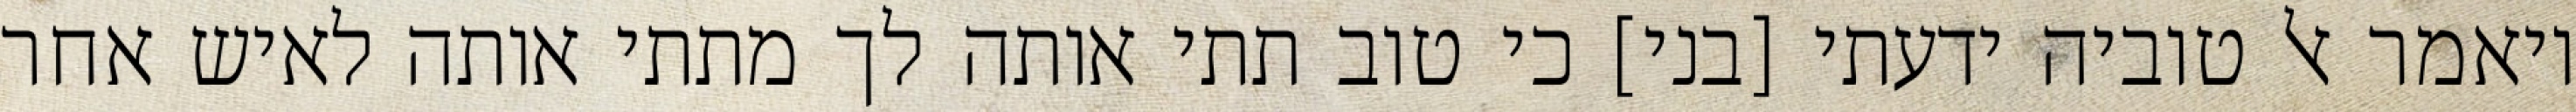
ויאמר אל טוביה ידעתי [בני] כי טוב תתי אותה לך מתתי אותה לאיש אחר